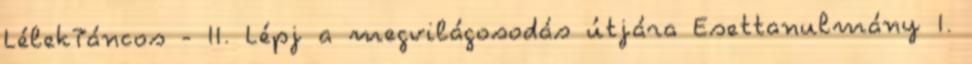
LélekTáncos - II. Lépj a megvilágosodás útjára Esettanulmány I.